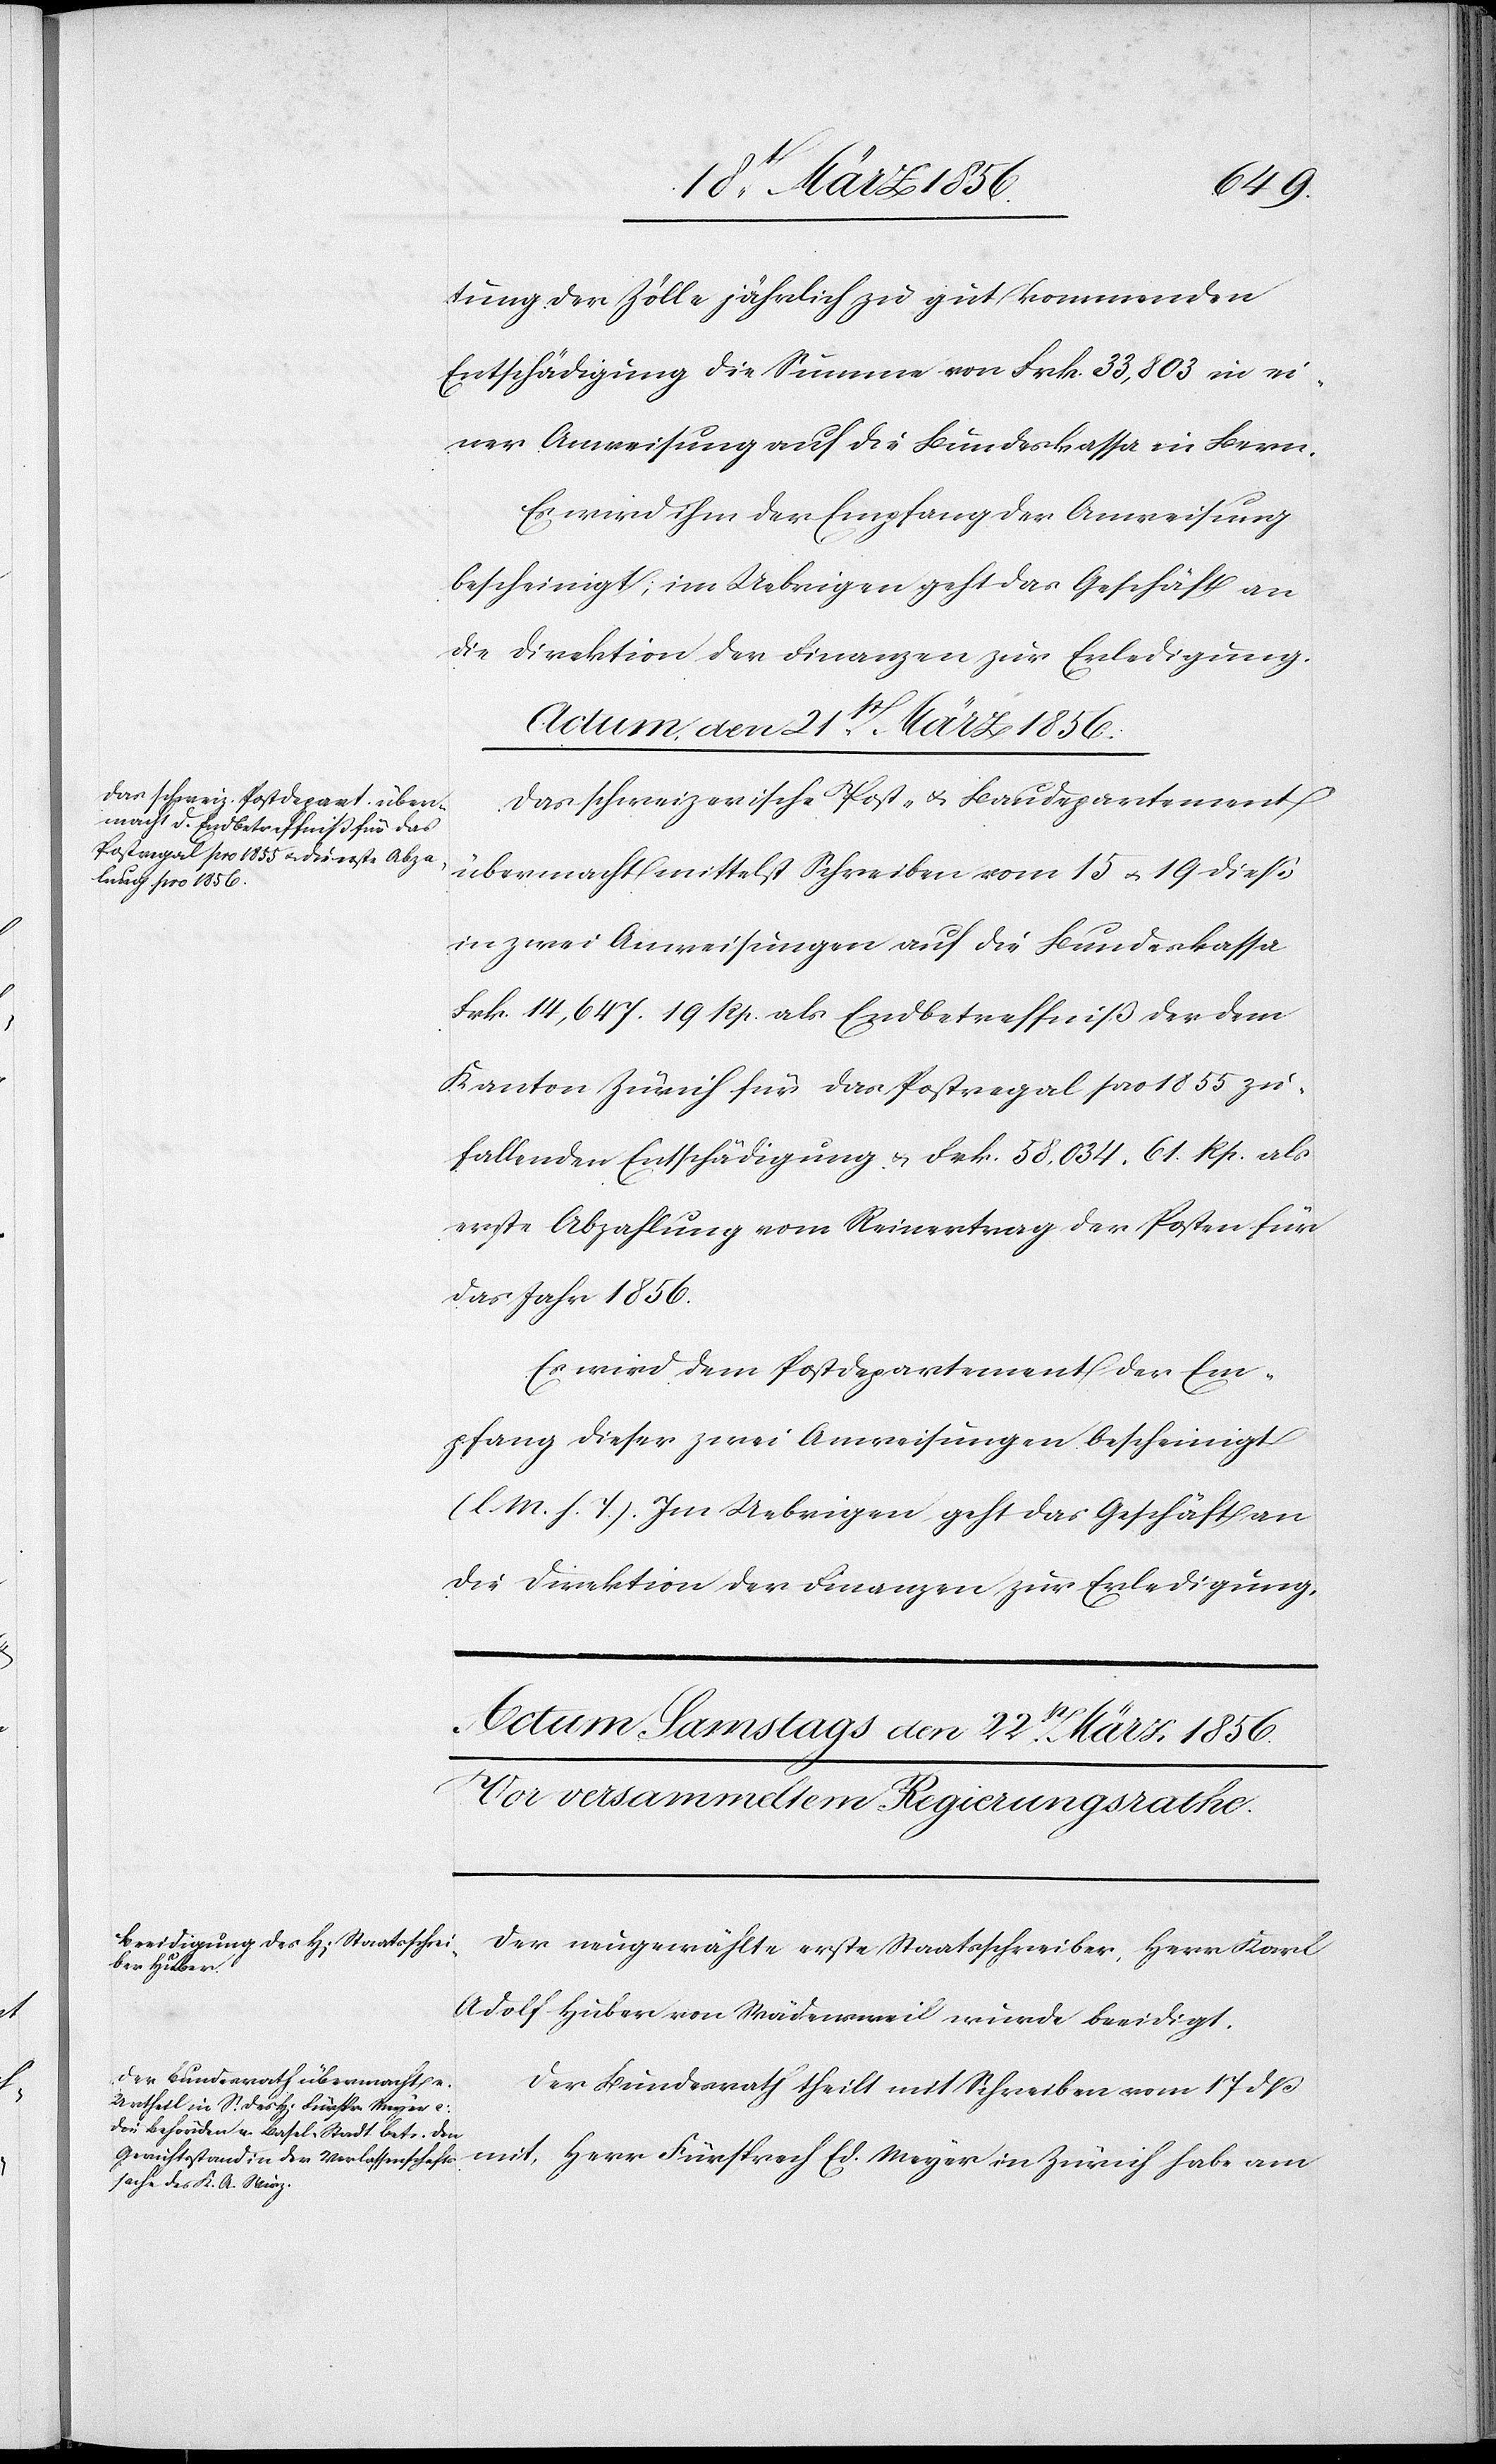
tung der Zölle jährlich zu gut kommenden
Entschädigung die Summe von Frk. 33,803 in ei¬
ner Anweisung auf die Bundeskassa in Bern.
Es wird ihm der Empfang der Anweisung
bescheinigt; im Uebrigen geht das Geschäft an
die Direktion der Finanzen zur Erledigung.
Actum, den 21st März 1856.
Das schweizerische Post- u. Baudepartement
übermacht mittelst Schreiben vom 15 u. 19 dieß
in zwei Anweisungen auf die Bundeskassa
Frk. 14,647. 19 Rp. als Endbetreffniß der dem
Kanton Zürich für das Postregal pro 1855 zu¬
fallenden Entschädigung & Frk. 58,034. 61 Rp. als
erste Abzahlung vom Reinertrag der Posten für
das Jahr 1856.
Es wird dem Postdepartement der Em¬
pfang dieser zwei Anweisungen bescheinigt
(l. M. h. T.). Im Uebrigen geht das Geschäft an
die Direktion der Finanzen zur Erledigung.
Der neugewählte erste Staatsschreiber, Herr Karl
Adolf Huber von Wädensweil wurde beeidigt.
Der Bundesrath theilt mit Schreiben vom 17 dß